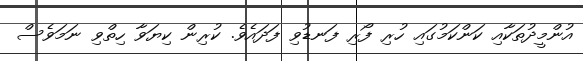
އުންމީދުތަކާއި ކަންކަމުގައި ހުރި ފޯރި ފަނޑުވި ފަދައެވެ. ކުރިން ކިޔަވާ ހިތްވި ނަމަވެސް